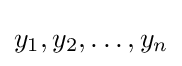
{y_{1},y_{2},\ldots ,y_{n}}